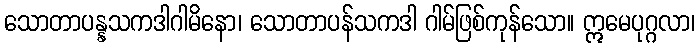
သောတာပန္နသကဒါဂါမိနော၊ သောတာပန်သကဒါ ဂါမ်ဖြစ်ကုန်သော။ ဣမေပုဂ္ဂလာ၊